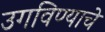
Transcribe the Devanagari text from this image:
उगविण्याचे